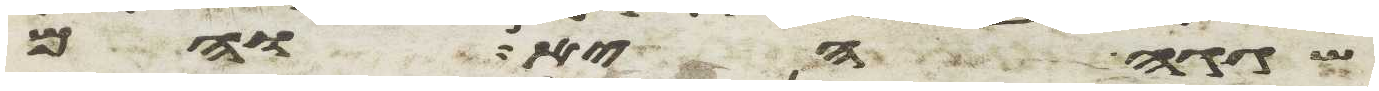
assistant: שגגה היא והם